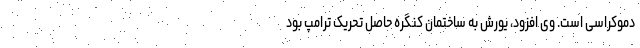
دموکراسی است. وی افزود، یورش به ساختمان کنگره حاصل تحریک ترامپ بود